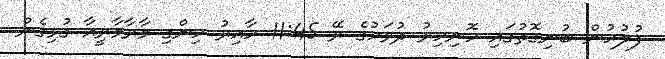
ފުލުހުން ބުނިގޮތުގައި ހޮނިހިރު ދުވަހުގެ ރޭ 11:45 ހާއިރު ހިންގި މާރާމާރީއާ ގުޅިގެން